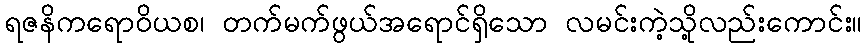
ရဇနိကရောဝိယစ၊ တက်မက်ဖွယ်အရောင်ရှိသော လမင်းကဲ့သို့လည်းကောင်း။